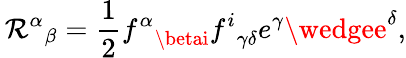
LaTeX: {{\, \mathcal{R}^{\alpha}}}_{\beta}={\frac{{1}}{{2}}}{f^{\alpha}}_{\betai}{f^{i}}_{\gamma\delta}e^{\gamma}\wedgee^{\delta},